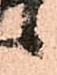
候